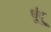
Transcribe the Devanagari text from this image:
धूंदू